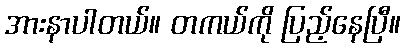
အားနာပါတယ်။ တကယ်ကို ပြည့်နေပြီ။